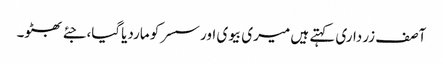
آصف زرداری کہتے ہیں میری بیوی اور سسر کو ماردیاگیا،جئے بھٹو۔